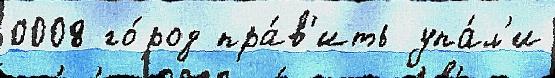
0008 го́род пра́в'ить упа́л'и